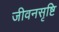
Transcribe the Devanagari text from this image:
जीवनसृष्टि